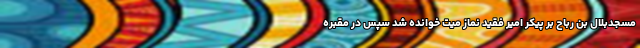
مسجدبلال بن رباح بر پیکر امیر فقید نماز میت خوانده شد سپس در مقبره